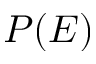
P ( E )